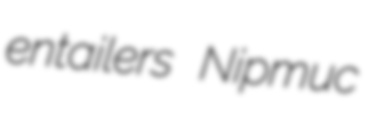
entailers Nipmuc